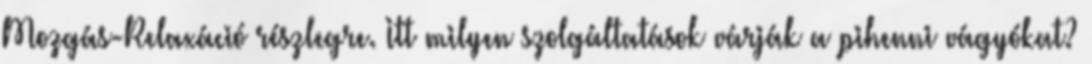
Mozgás-Relaxáció részlegre. Itt milyen szolgáltatások várják a pihenni vágyókat?